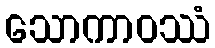
သောကာဝဿံ